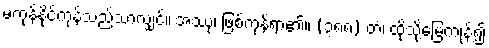
မကုန်နိုင်ကုန်သည်သာလျှင်။ အဿု၊ ဖြစ်ကုန်ရာ၏။ (၃၈၈) တံ၊ ထိုသို့မြေကုန်၍